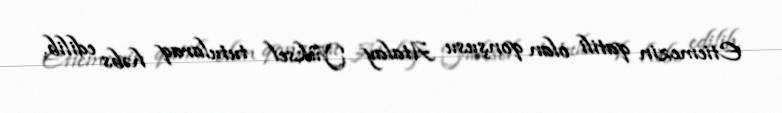
Etiemezin qatili olan qonşusu Atalay Yüksel tutularaq həbs edilib.